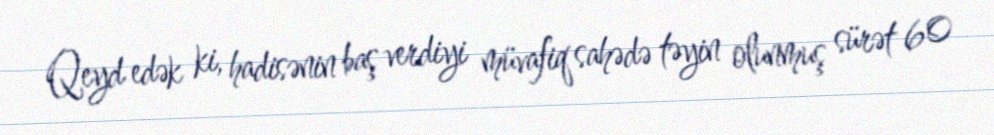
Qeyd edək ki, hadisənin baş verdiyi müvafiq sahədə təyin olunmuş sürət 60